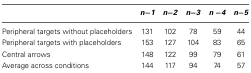
<table><thead><tr><td></td><td><b><i>n−1</i></b></td><td><b><i>n−2</i></b></td><td><b><i>n−3</i></b></td><td><b><i>n−4</i></b></td><td><b><i>n−5</i></b></td></tr></thead><tbody><tr><td>Peripheral targets without placeholders</td><td>131</td><td>102</td><td>78</td><td>59</td><td>44</td></tr><tr><td>Peripheral targets with placeholders</td><td>153</td><td>127</td><td>104</td><td>83</td><td>65</td></tr><tr><td>Central arrows</td><td>148</td><td>122</td><td>99</td><td>79</td><td>61</td></tr><tr><td>Average across conditions</td><td>144</td><td>117</td><td>94</td><td>74</td><td>57</td></tr></tbody></table>